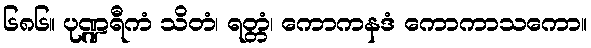
၆၈၆။ ပုဏ္ဍရီကံ သိတံ၊ ရတ္တံ၊ ကောကနဒံ ကောကာသကော။